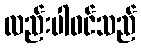
လည်းပါဝင်သည်